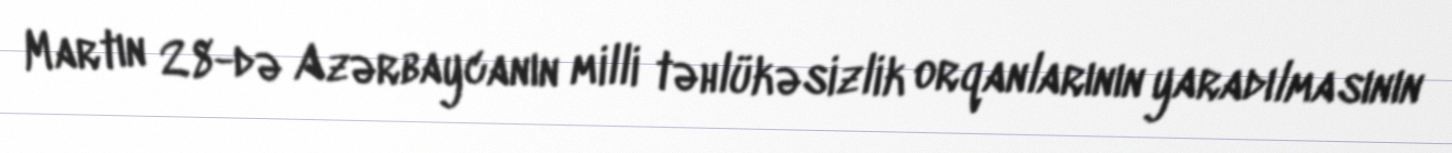
Martın 28-də Azərbaycanın milli təhlükəsizlik orqanlarının yaradılmasının